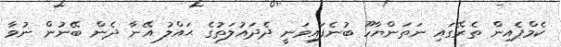
ކެމްޕެއިން ތެރޭގައި ނަތަންޔާހޫ ބުނެފައިވަނީ ދެދައުލަތުގެ ޙައްލު އޭނާ ދެން ބޭނުން ނުވާ